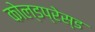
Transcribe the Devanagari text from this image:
कोल्डप्रेस्ड